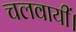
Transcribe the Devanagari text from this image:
चलवायीं।